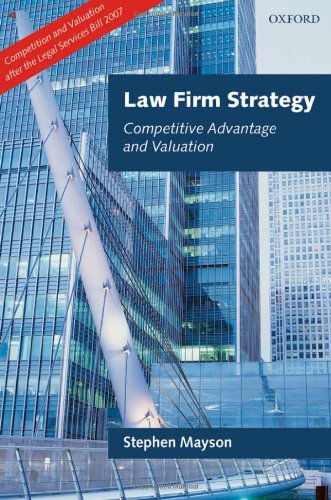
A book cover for Law Firm Strategy: Competitive Advantage and Valuation; Stephen Mayson; Law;